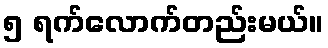
၅ ရက်လောက်တည်းမယ်။